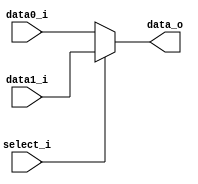
//Subject:     CO project 2 - MUX 221
//--------------------------------------------------------------------------------
//Version:     1
//--------------------------------------------------------------------------------
//Writer:      Luke
//----------------------------------------------
//Date:        
//----------------------------------------------
//Description: 
//--------------------------------------------------------------------------------
     
module MUX_2to1(
               data0_i,
               data1_i,
               select_i,
               data_o
               );

parameter size = 0;			   
			
//I/O ports               
input   [size-1:0] data0_i;          
input   [size-1:0] data1_i;
input              select_i;
output  [size-1:0] data_o; 

//Internal Signals
//reg     [size-1:0] data_o;
wire [size-1:0] data_o;

//Main function

assign data_o= (select_i ? data1_i : data0_i) ;

endmodule